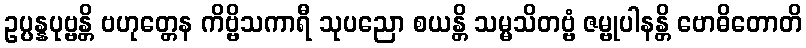
ဥပ္ပန္နပုဗ္ဗန္တိ ဗဟုတ္တေန ကိဗ္ဗိသကာရီ သုပညော စယန္တိ သမ္မသိတဗ္ဗံ ဇမ္ဗုပါနန္တိ ဗောဓိတောတိ